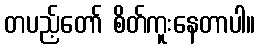
တပည့်တော် စိတ်ကူးနေတာပါ။